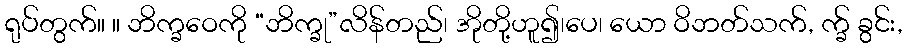
ရုပ်တွက်။ ။ ဘိက္ခဝေကို “ဘိက္ခု”လိန်တည်၊ အိုတို့ဟူ၍၊ပေ၊ ယော ဝိဘတ်သက်, က္ခ် ခွင်း,